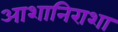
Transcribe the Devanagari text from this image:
आशानिराशा